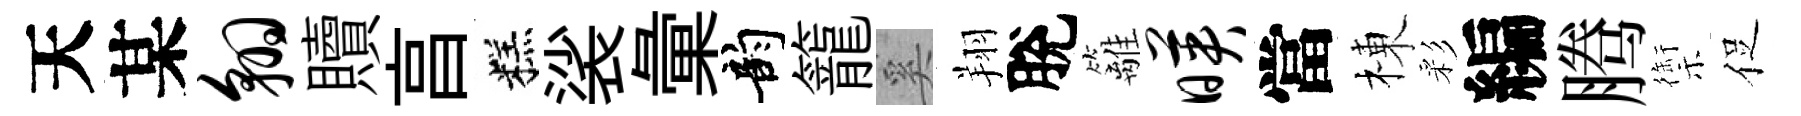
天某翱贖亯糕裟彙韵籠奚翔脫籬映當棟彩編腾禦促